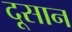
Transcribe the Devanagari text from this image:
दूसान